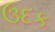
ઉદક